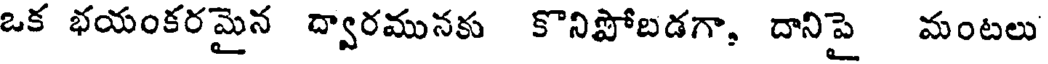
ఒక భయంకరమైన ద్వారమునకు కొనిపోబడగా, దానిపై మంటలు